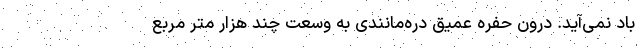
باد نمی‌آید. درون حفره عمیق دره‌مانندی به وسعت چند هزار متر مربع